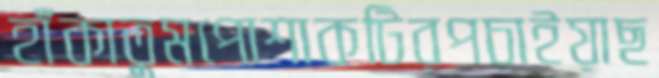
হাঁকাতুমপোশাকটিরপচাইয়াছ